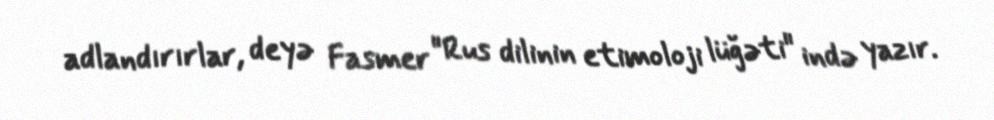
adlandırırlar, deyə Fasmer "Rus dilinin etimoloji lüğəti" ində yazır.